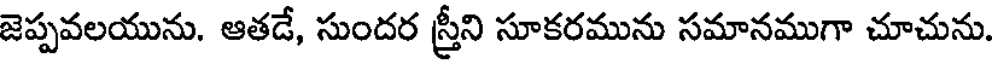
జెప్పవలయును. ఆతడే, సుందర స్త్రీని సూకరమును సమానముగా చూచును.